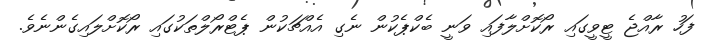
ފަހު ރާއްޖެ ޓީވީގައި ރޯކޮށްލާފައި ވަނީ ބެކްޕެކުން ނެގި އެއްޗަކުން ޕެޓްރޯލްތަކުގައި ރޯކޮށްލައިގެންނެވެ.